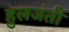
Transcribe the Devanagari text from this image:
हुलजंती